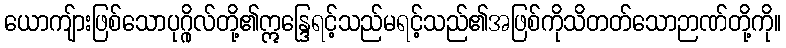
ယောကျ်ားဖြစ်သောပုဂ္ဂိုလ်တို့၏ဣန္ဒြေရင့်သည်မရင့်သည်၏အဖြစ်ကိုသိတတ်သောဉာဏ်တို့ကို။